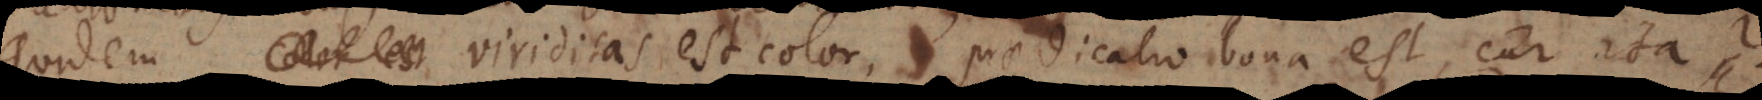
quidem viriditas est color, praedicatio bona est, cur ita